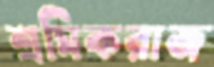
শ্রমিকরাজ